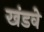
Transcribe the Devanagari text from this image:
खंडवे